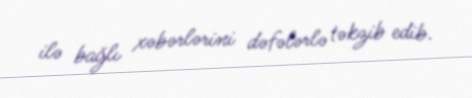
ilə bağlı xəbərlərini dəfələrlə təkzib edib.